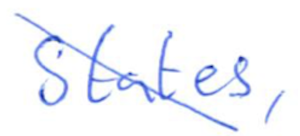
Text: States,
Cross-out: diagonal
Writing tool: ballpoint